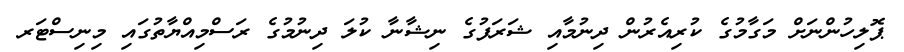
ޕޮލިހުންނަށް މަގާމުގެ ކުރިއެރުން ދިނުމާއި ޝަރަފުގެ ނިޝާނާ ކުލަ ދިނުމުގެ ރަސްމިއްޔާތުގައި މިނިސްޓަރ